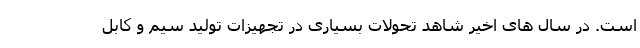
است. در سال های اخیر شاهد تحولات بسیاری در تجهیزات تولید سیم و کابل